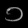
Digit: ၁